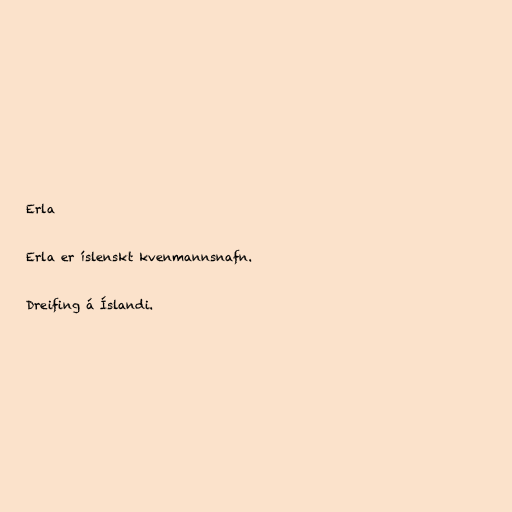
Erla

Erla er íslenskt kvenmannsnafn.

Dreifing á Íslandi.